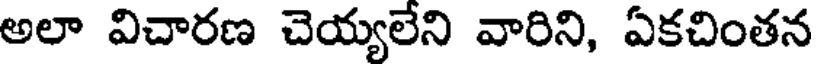
అలా విచారణ చెయ్యలేని వారిని, ఏకచింతన